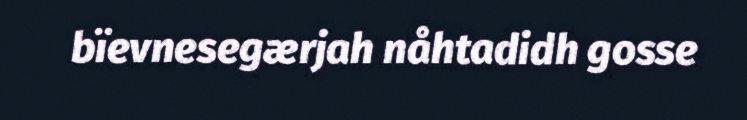
bïevnesegærjah nåhtadidh gosse